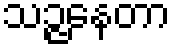
သဉ္ဇနေတာ